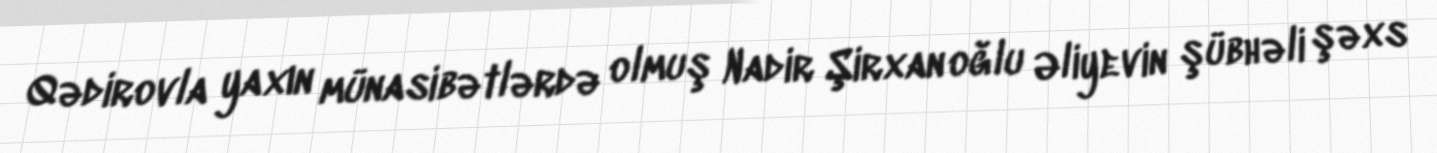
Qədirovla yaxın münasibətlərdə olmuş Nadir Şirxan oğlu Əliyevin şübhəli şəxs